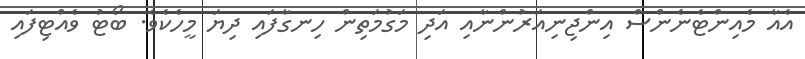
އެއާ މެއިންޓެނެންސް އިންޖިނިއަރުންނާއި އަދި މަގުމަތިން ހިނގާފައި ދިޔަ މީހެކެވެ. ބޯޓު ވެއްޓިފައި